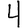
Digit: 4